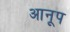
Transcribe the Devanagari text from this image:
आनूप